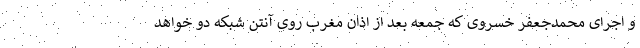
و اجرای محمدجعفر خسروی که جمعه بعد از اذان مغرب روی آنتن شبکه دو خواهد